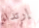
إرتداء